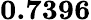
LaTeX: \mathbf{0.7396}